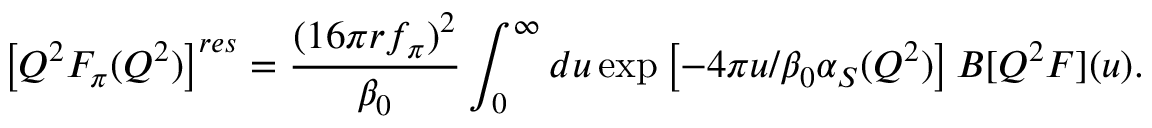
\left[ Q ^ { 2 } F _ { \pi } ( Q ^ { 2 } ) \right] ^ { r e s } = \frac { ( 1 6 \pi r f _ { \pi } ) ^ { 2 } } { \beta _ { 0 } } \int _ { 0 } ^ { \infty } d u \exp \left[ - 4 \pi u / \beta _ { 0 } \alpha _ { S } ( Q ^ { 2 } ) \right] B [ Q ^ { 2 } F ] ( u ) .